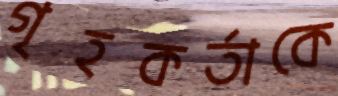
গৃহকর্তাকে